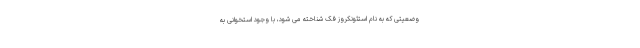
وضعیتی که به نام استئونکروز فک شناخته می شود، با وجود استخوانی به